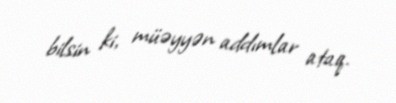
bilsin ki, müəyyən addımlar ataq.